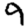
Digit: 9